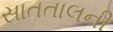
સાતતાલની